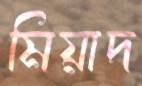
মিয়াদ